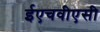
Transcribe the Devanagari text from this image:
ईएचवीएसी